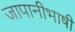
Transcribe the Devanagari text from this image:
जापानीभाषी